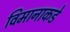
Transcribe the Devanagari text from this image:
विमानाकडे